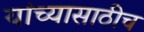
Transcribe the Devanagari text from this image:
यांच्यासाठीच